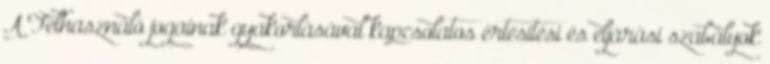
A Felhasználó jogainak gyakorlásával kapcsolatos értesítési és eljárási szabályok